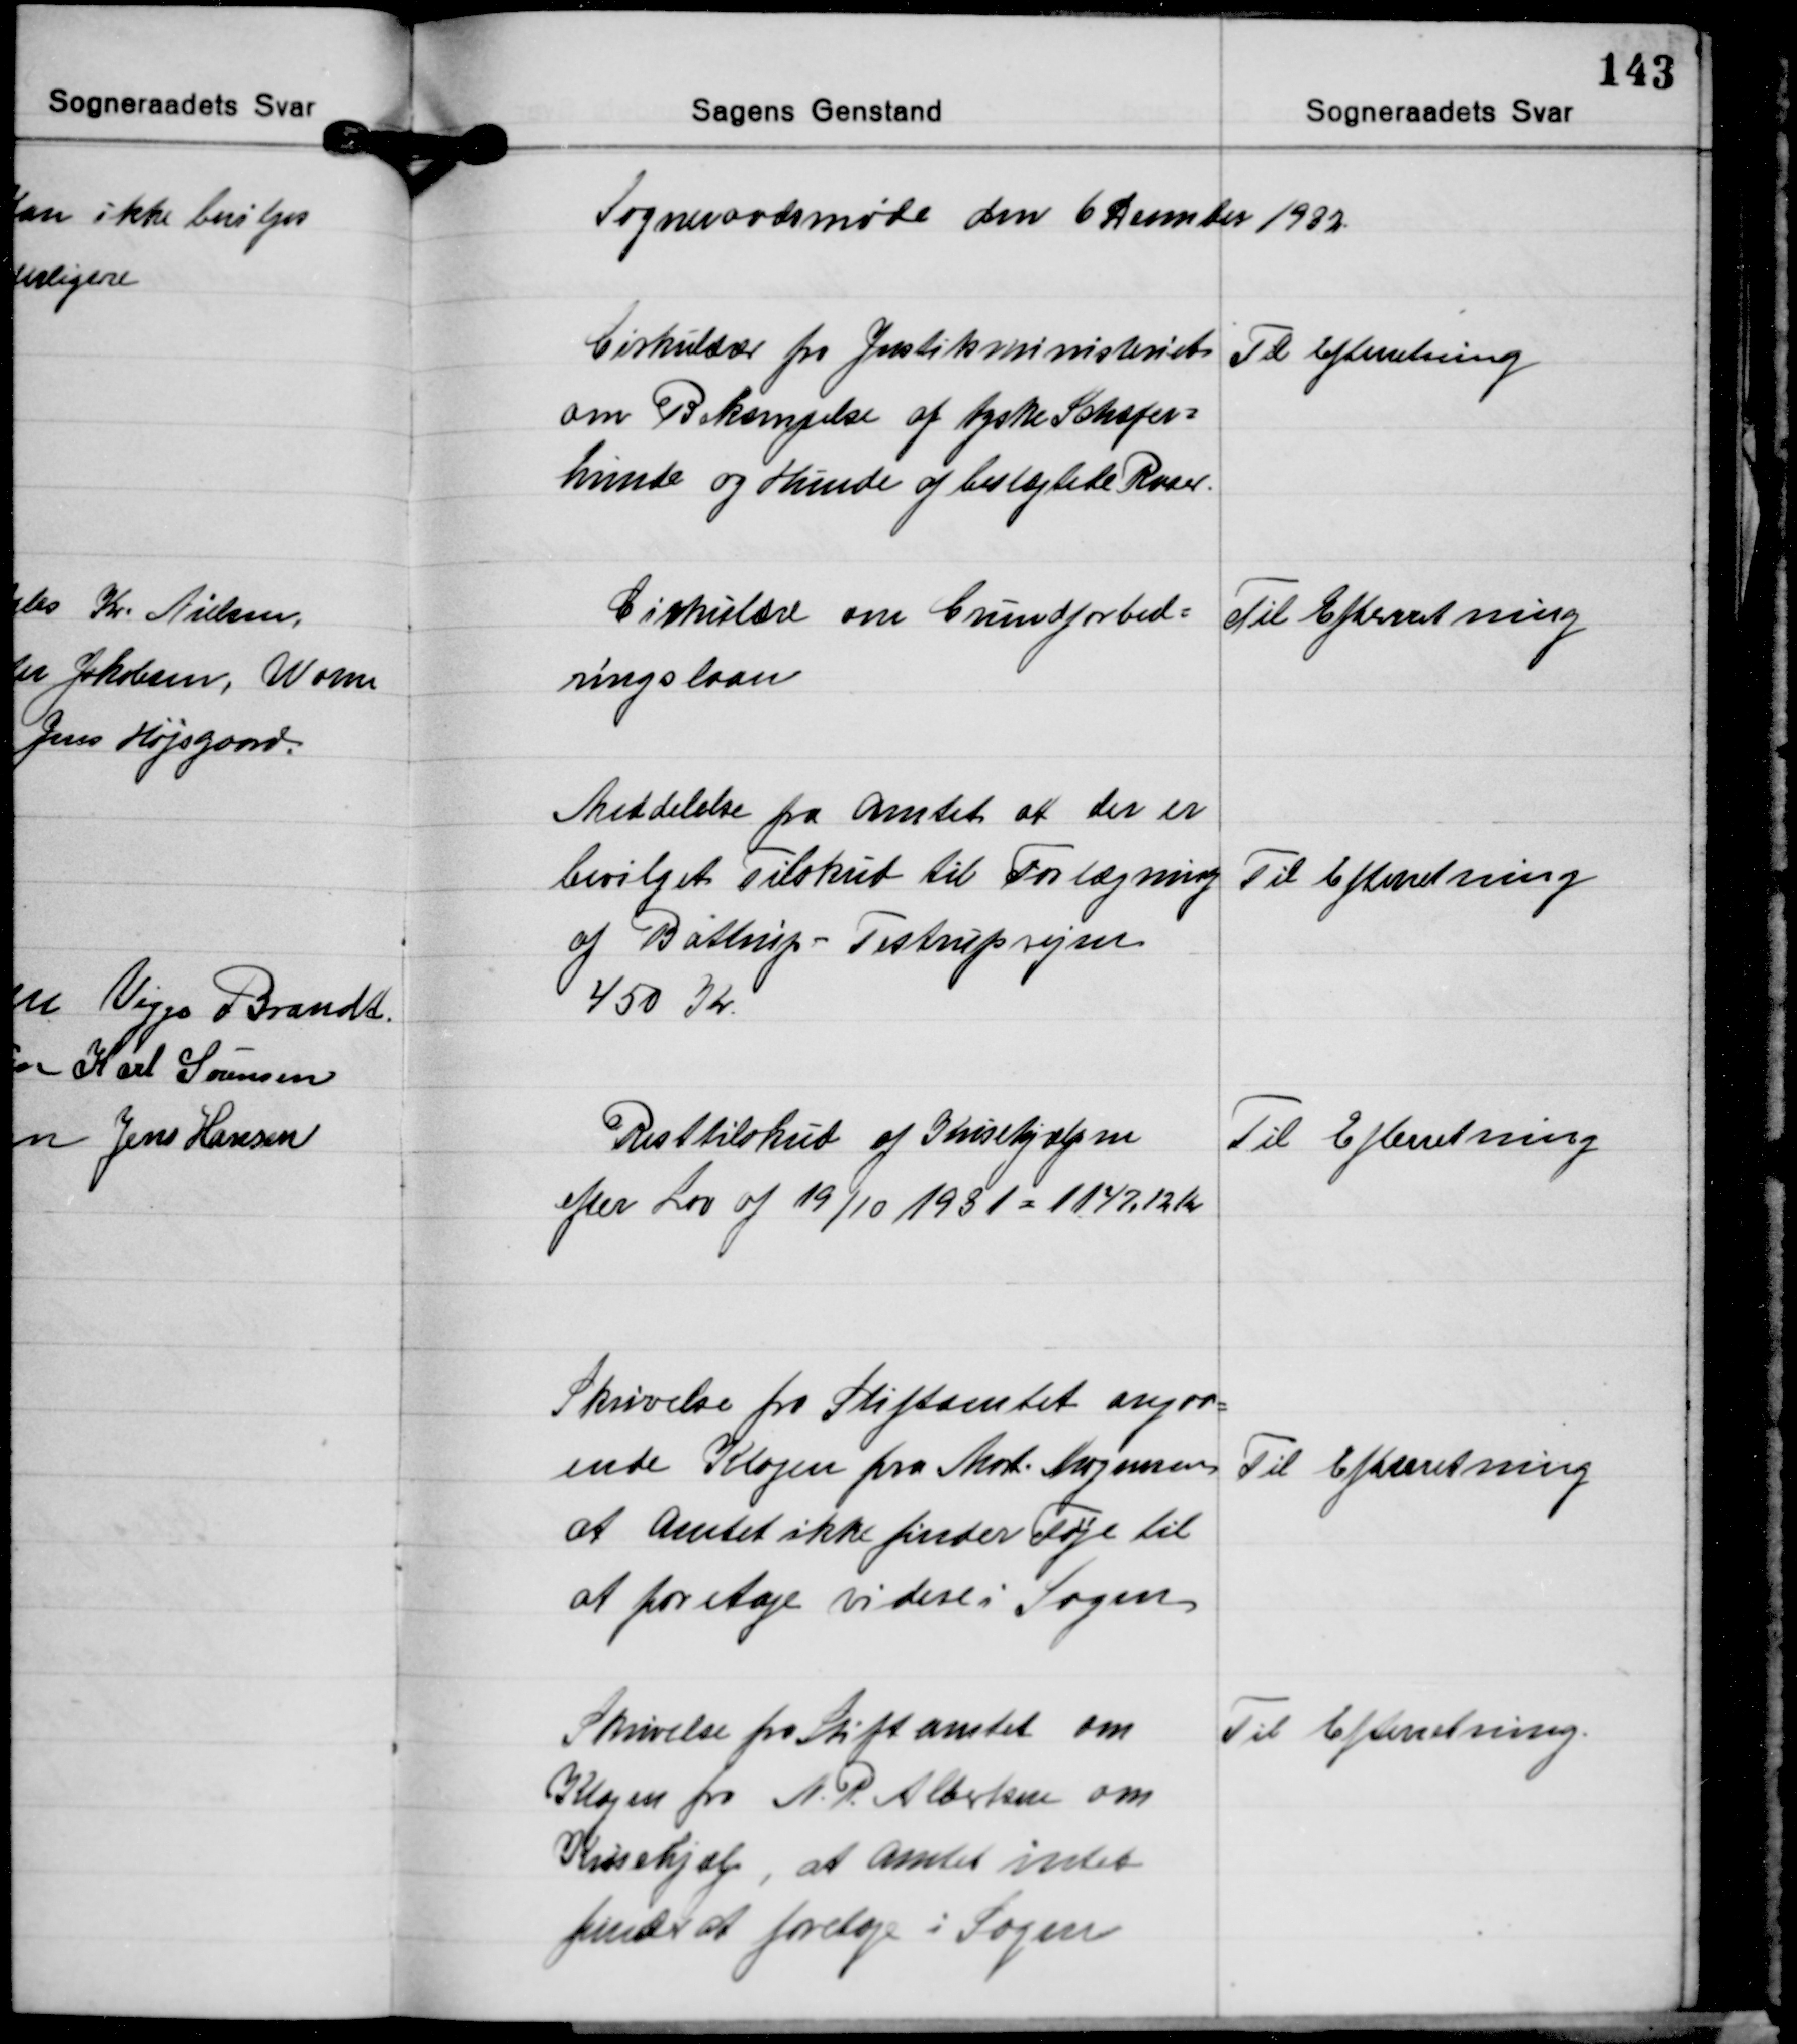
Transskription:
Sogneraadsmøde den 6 December 1932

Cirkulærer fra Justitministeriet
om Bekæmpelse af tyske Schæfer-
hunde og Hunde af bestægtede Racer.

Til Efterretning

Cirkulære om Grundforbed-
ringslaan

Til Efterrretning

Meddelelse fra Amtet at der er
bevilget Tilskud til Forlægning
af Battrup -Testrupvejen
450 Kr.

Til Efterretning

Resttilskud af Krisehjælpen
efter Lov af 19/10 1931 = 1147,12 Kr.

Til Efterretning

Skrivelse fra Stiftamtet angaa-
ende Klagen fra Mort. Mogensen
at Amtet ikke finder Føje til
at foretage videre i Sagen

Til Efterretning

Skrivelse fra Stiftamtet om
Klagen fra A. P. Albertsen om
Krisehjælp, at Amtet intet
finder at foretage i Sagen

Til Efterretning